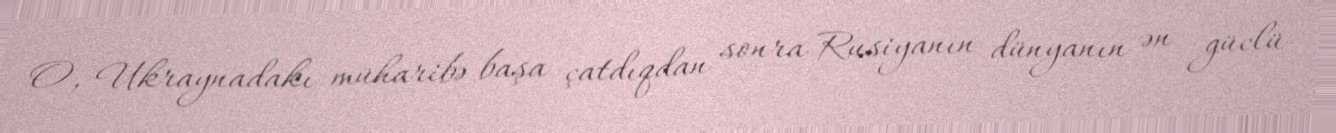
O, Ukraynadakı müharibə başa çatdıqdan sonra Rusiyanın dünyanın ən güclü